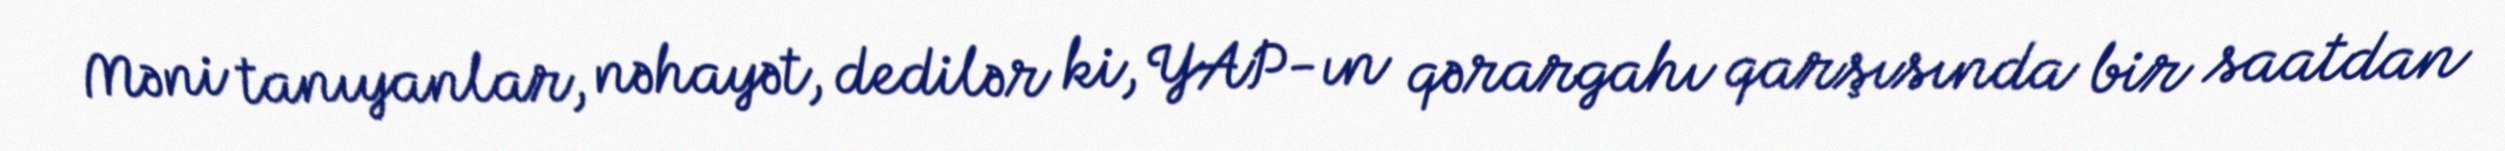
Məni tanıyanlar, nəhayət, dedilər ki, YAP-ın qərargahı qarşısında bir saatdan